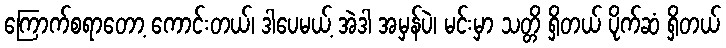
ကြောက်စရာတော့ ကောင်းတယ်၊ ဒါပေမယ့် အဲဒါ အမှန်ပဲ၊ မင်းမှာ သတ္တိ ရှိတယ် ပိုက်ဆံ ရှိတယ်